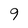
Character: 9